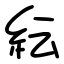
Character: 紜